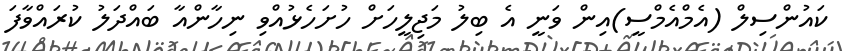
ކައުންސިލް (އެމްއެމްސީ)އިން ވަނީ އެ ބިލު މަޖިލީހަށް ހުށަހެޅުއްވި ނިހާންއާ ބައްދަލު ކުރައްވާފަ